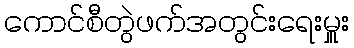
ကောင်စီတွဲဖက်အတွင်းရေးမှူး